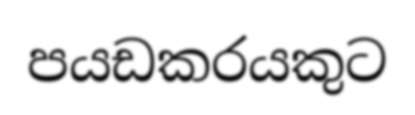
පයඩකරයකුට